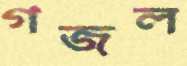
গজল